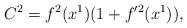
LaTeX: \begin{align*}C^2=f^2(x^1)(1+f'^2(x^1)),\end{align*}